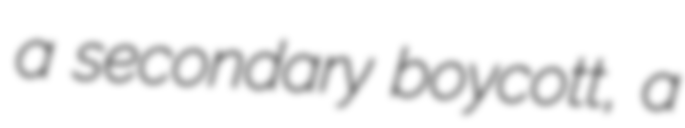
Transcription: a secondary boycott, a